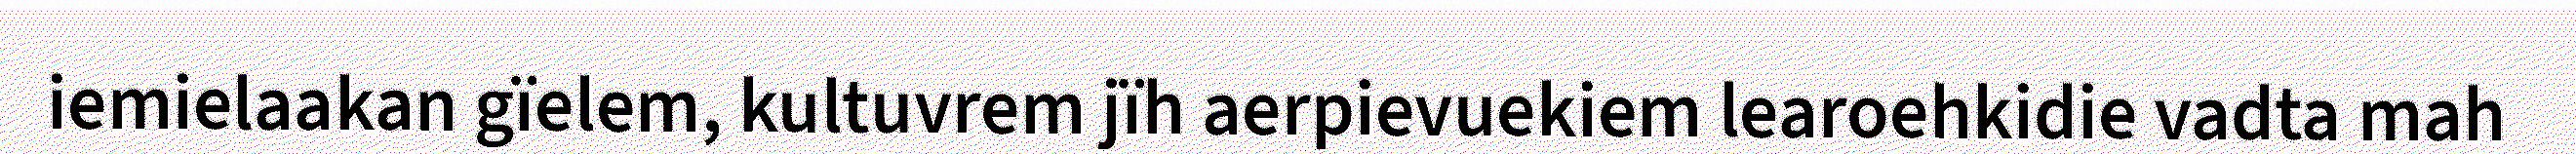
iemielaakan gïelem, kultuvrem jïh aerpievuekiem learoehkidie vadta mah